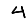
Digit: 4